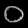
Digit: ၀